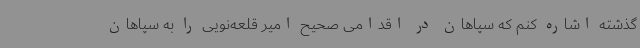
گذشته اشاره کنم که سپاهان در اقدامی صحیح امیر قلعه‌نویی را به سپاهان